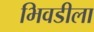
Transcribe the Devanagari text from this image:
भिवडीला